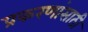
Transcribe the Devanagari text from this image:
प्रकरणांसाठी